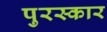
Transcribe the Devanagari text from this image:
पुरस्कार